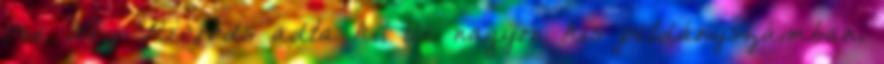
One Way Records adta ki, de nagyon kis példányszámban.